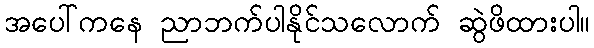
အပေါ်ကနေ ညာဘက်ပါနိုင်သလောက် ဆွဲဖိထားပါ။